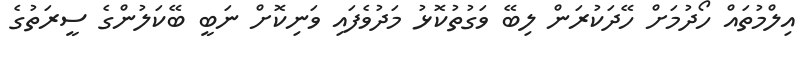
އިލްމުތައް ހޯދުމަށް ހޭދަކުރަން ލިބޭ ވަގުތުކޮޅު މަދުވެފައި ވަނިކޮށް ނަބީ ބޭކަލުންގެ ސީރަތުގެ